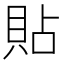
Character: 貼